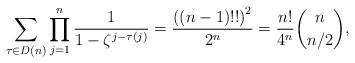
LaTeX: \begin{align*}\sum_{\tau \in D(n)} \prod_{j=1}^{n} \dfrac{1}{1-\zeta^{j-\tau(j)}}=\dfrac{\left( \left( n-1\right) !!\right) ^{2}}{2^n}=\dfrac{n!}{4^n}\binom{n}{n/2},\end{align*}